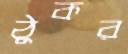
ঠুকর